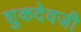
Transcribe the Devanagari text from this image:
शुकदेवजी